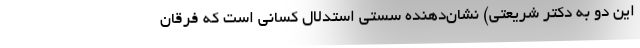
این دو به دکتر شریعتی) نشان‌دهنده سستی استدلال کسانی است که فرقان